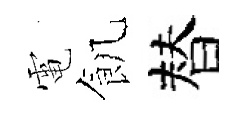
電飢替